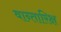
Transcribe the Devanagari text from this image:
वान्तारिक्ष